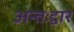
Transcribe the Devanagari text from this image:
अन्तःद्वार